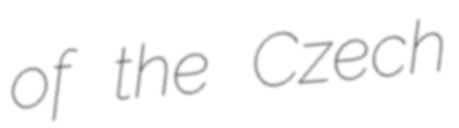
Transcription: of the Czech